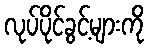
လုပ်ပိုင်ခွင့်များကို